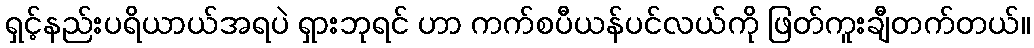
ရှင့်နည်းပရိယာယ်အရပဲ ရှားဘုရင် ဟာ ကက်စပီယန်ပင်လယ်ကို ဖြတ်ကူးချီတက်တယ်။